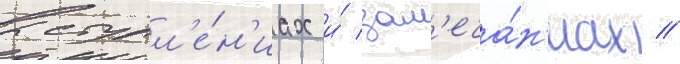
выступл'е́н'иах и́ зам'еча́н'иах //